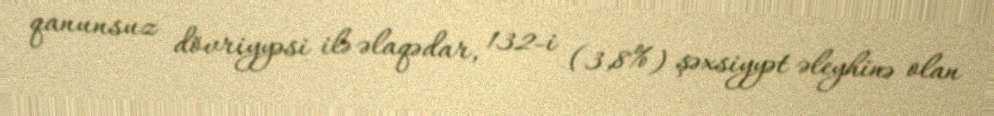
qanunsuz dövriyyəsi ilə əlaqədar, 132-i (3,8%) şəxsiyyət əleyhinə olan